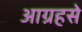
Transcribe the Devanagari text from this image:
आग्रहसे